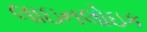
લાઇનલોઇક